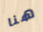
هنا